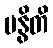
မနွိတိ